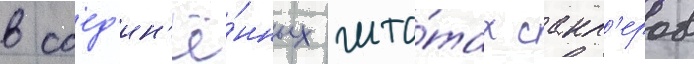
в соед'ин'ё́нных шта́тах сакл'еров